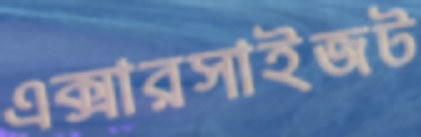
এক্সারসাইজট